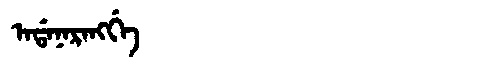
Manchu: ᠠᡩᠠᠨᠠᡵᠠᠩᡤᡝ
Romanization: ADANARANGGE